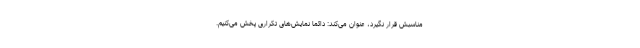
مناسبش قرار نگیرد، عنوان می‌کند: دائما نمایش‌های تکراری پخش می‌کنیم.